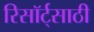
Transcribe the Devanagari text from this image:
रिसॉर्ट्‌साठी